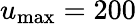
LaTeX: u_{\mathrm{max}}=200